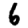
Digit: 6